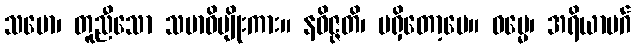
သမော၊ တူညီသော သမာဓိမျိုးကား။ နဝိဇ္ဇတိ၊ မရှိတော့ပေ။ ဓမ္မေ၊ အရိယာမဂ်